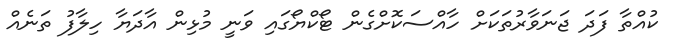
ކުއްތާ ފަދަ ޖަނަވާރުތަކަށް ހާއްސަކޮށްގެން ޓޯކްޔޯގައި ވަނީ މުޅިން އާދަޔާ ހިލާފު ތަނެއް